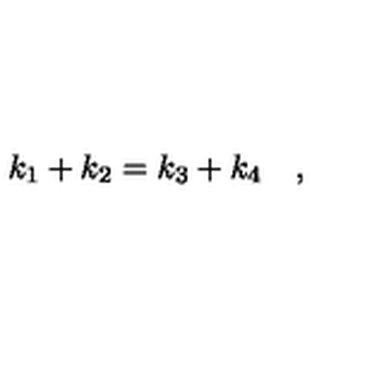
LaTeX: k _ { 1 } + k _ { 2 } = k _ { 3 } + k _ { 4 } \quad ,